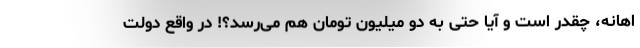
اهانه، چقدر است و آیا حتی به دو میلیون تومان هم می‌رسد؟! در واقع دولت